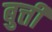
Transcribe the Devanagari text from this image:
बुत्ती